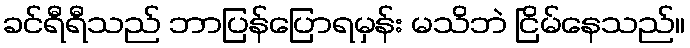
ခင်ရီရီသည် ဘာပြန်ပြောရမှန်း မသိဘဲ ငြိမ်နေသည်။